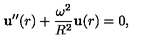
{ \bf u } ^ { \prime \prime } ( r ) + \frac { \omega ^ { 2 } } { R ^ { 2 } } { \bf u } ( r ) = 0 { , }